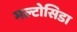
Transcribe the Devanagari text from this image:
मल्टोसिडा